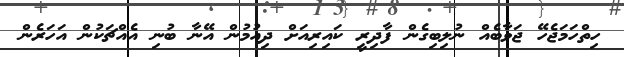
ހިތްހަމަޖެހޭ ޖަވާބެއް ނުލިބިގެން ފާދިރީ ކައިރިއަށް ދިއުމުން އޭނާ ބުނި އެއްޗަކުން އަހަރެން